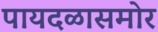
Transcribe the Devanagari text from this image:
पायदळासमोर